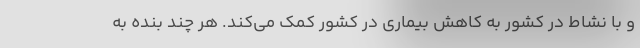
و با نشاط در کشور به کاهش بیماری در کشور کمک می‌کند. هر چند بنده به